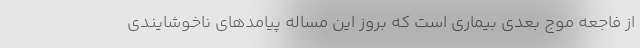
از فاجعه موج بعدی بیماری است که بروز این مساله پیامدهای ناخوشایندی